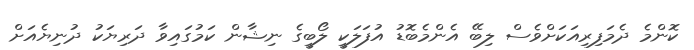
ކޮންމެ ދެމަފިރިއަކަށްވެސް ލިބޭ އެންމެބޮޑު އުފަލަކީ ލޯބީގެ ނިޝާން ކަމުގައިވާ ދަރިޔަކު ދުނިޔެއަށް